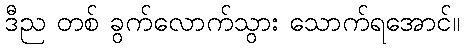
ဒီည တစ် ခွက်လောက်သွား သောက်ရအောင်။